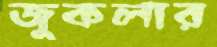
জুকলার